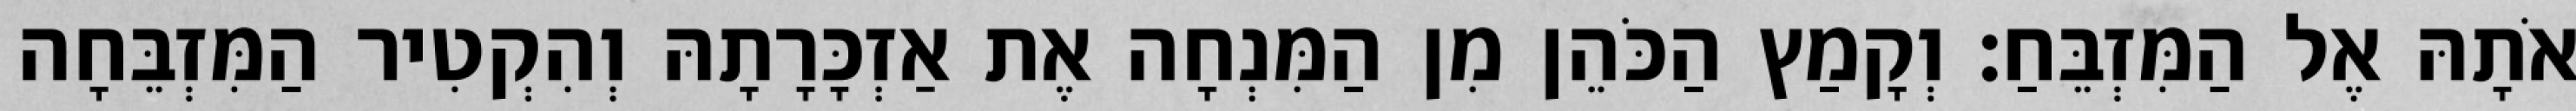
אֹתָהּ אֶל הַמִּזְבֵּחַ׃ וְקָמַץ הַכֹּהֵן מִן הַמִּנְחָה אֶת אַזְכָּרָתָהּ וְהִקְטִיר הַמִּזְבֵּחָה